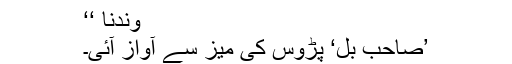
وندنا ‘‘
’صاحب بِل‘ پڑوس کی میز سے آواز آئی۔